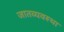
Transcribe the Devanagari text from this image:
जातव्यवस्था